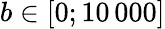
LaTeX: b\in[0;10\, 000]